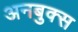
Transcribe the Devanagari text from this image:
अनबुक्स